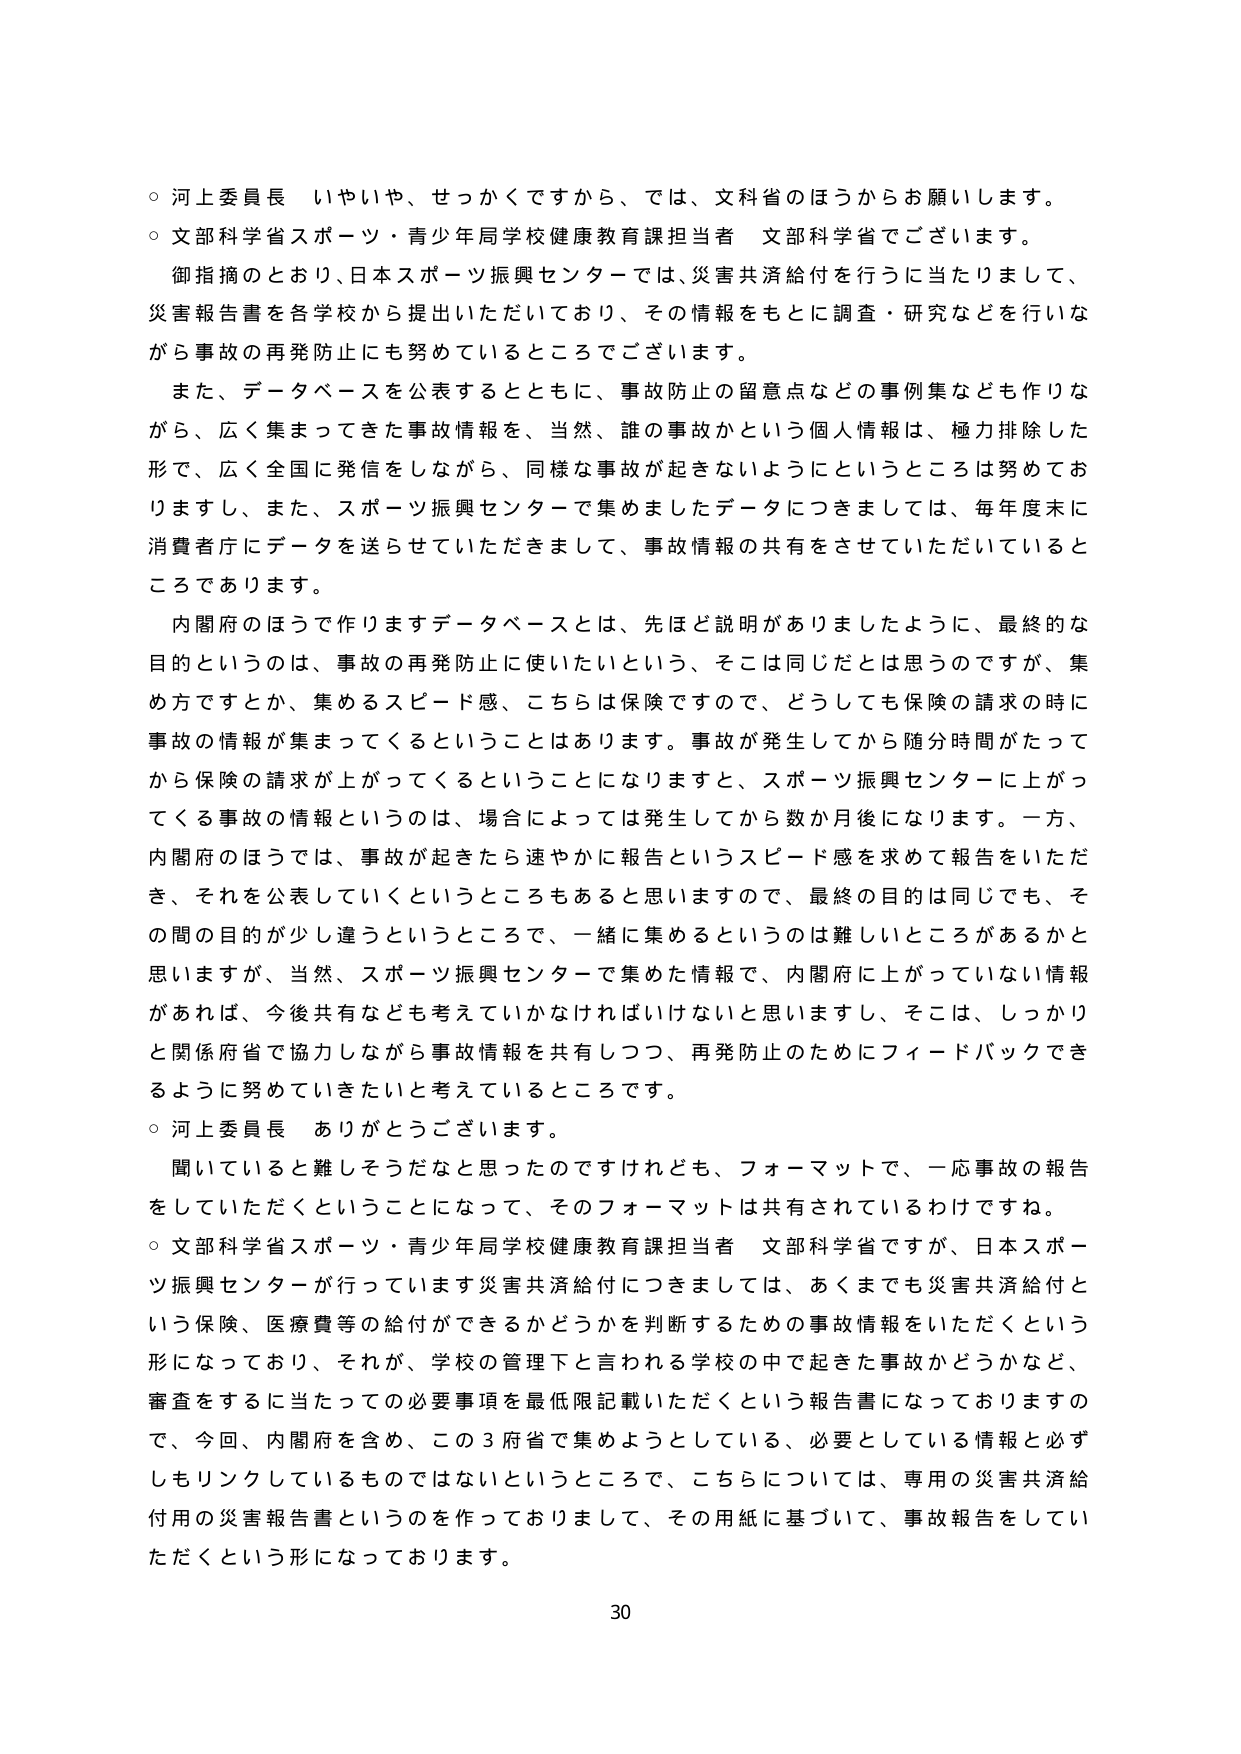
○ 河上委員長 いやいや、せっかくですから、では、文科省のほうからお願いします。
○ 文部科学省スポーツ・青少年局学校健康教育課担当者 文部科学省でございます。
　御指摘のとおり、日本スポーツ振興センターでは、災害共済給付を行うに当たりまして、
災害報告書を各学校から提出いただいており、その情報をもとに調査・研究などを行いな
がら事故の再発防止にも努めているところでございます。
　また、データベースを公表するとともに、事故防止の留意点などの事例集なども作りな
がら、広く集まってきた事故情報を、当然、誰の事故かという個人情報は、極力排除した
形で、広く全国に発信をしながら、同様な事故が起きないようにというところは努めてお
りますし、また、スポーツ振興センターで集めましたデータにつきましては、毎年度末に
消費者庁にデータを送らせていただきまして、事故情報の共有をさせていただいていると
ころであります。
　内閣府のほうで作りますデータベースとは、先ほど説明がありましたように、最終的な
目的というのは、事故の再発防止に使いたいという、そこは同じだとは思うのですが、集
め方ですとか、集めるスピード感、こちらは保険ですので、どうしても保険の請求の時に
事故の情報が集まってくるということはあります。事故が発生してから随分時間がたって
から保険の請求が上がってくるということになりますと、スポーツ振興センターに上がっ
てくる事故の情報というのは、場合によっては発生してから数か月後になります。一方、
内閣府のほうでは、事故が起きたら速やかに報告というスピード感を求めて報告をいただ
き、それを公表していくというところもあると思いますので、最終の目的は同じでも、そ
の間の目的が少し違うというところで、一緒に集めるというのは難しいところがあるかと
思いますが、当然、スポーツ振興センターで集めた情報で、内閣府に上がっていない情報
があれば、今後共有なども考えていかなければならないと思いますし、そこは、しっかり
と関係府省で協力しながら事故情報を共有しつつ、再発防止のためにフィードバックでき
るように努めていきたいと考えているところです。
○ 河上委員長 ありがとうございます。
　聞いていると難しそうだなと思ったのですけれども、フォーマットで、一応事故の報告
をしていただくということになって、そのフォーマットは共有されているわけですな。
○ 文部科学省スポーツ・青少年局学校健康教育課担当者 文部科学省ですが、日本スポー
ツ振興センターが行っています災害共済給付につきましては、あくまでも災害共済給付と
いう保険、医療費等の給付ができるかどうかを判断するための事故情報をいただくという
形になっており、それが、学校の管理下と言われる学校の中で起きた事故かどうかなど、
審査をするに当たっての必要事項を最低限記載いただくという報告書になっておりますの
で、今回、内閣府を含め、この３府省で集めようとしている、必要としている情報と必ず
しもリンクしているものではないというところで、こちらについては、専用の災害共済給
付用の災害報告書というを作っておりまして、その用紙に基づいて、事故報告をしてい
ただくという形になっております。
30